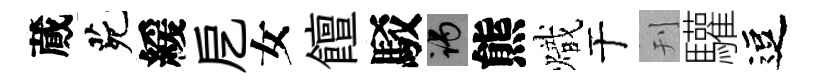
蕆茕緩戹女饘駁谒熊熾于刊驩逗